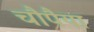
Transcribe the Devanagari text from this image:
चौपैया